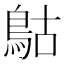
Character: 𩿵